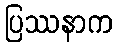
ပြဿနာက